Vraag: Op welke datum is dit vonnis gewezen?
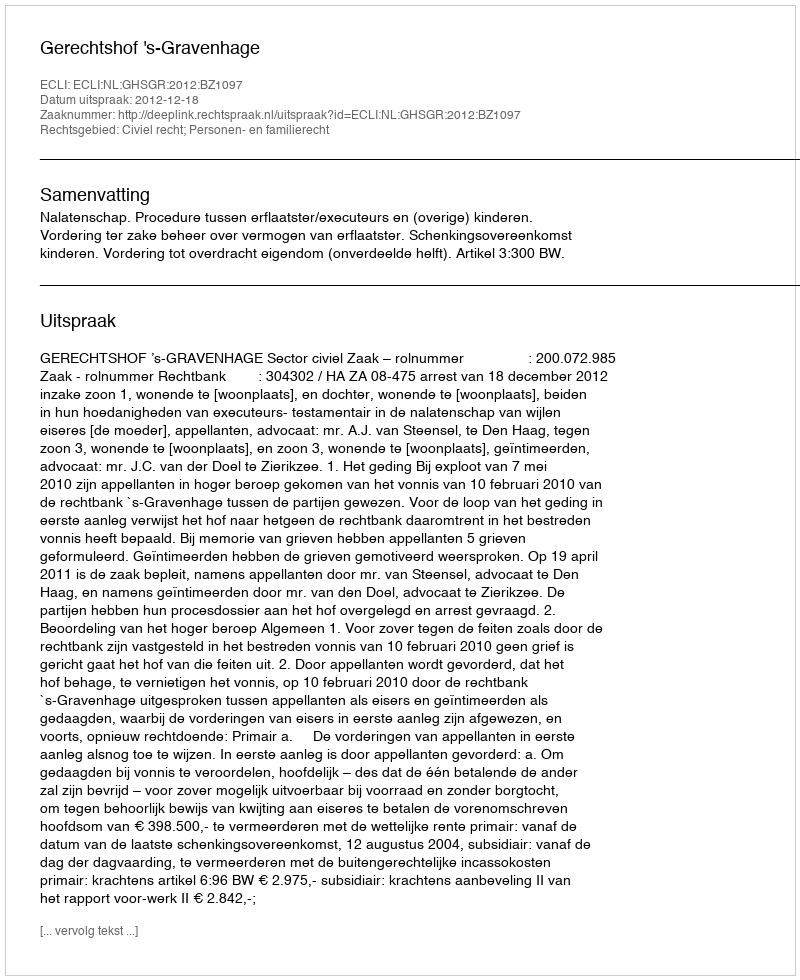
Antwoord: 2012-12-18